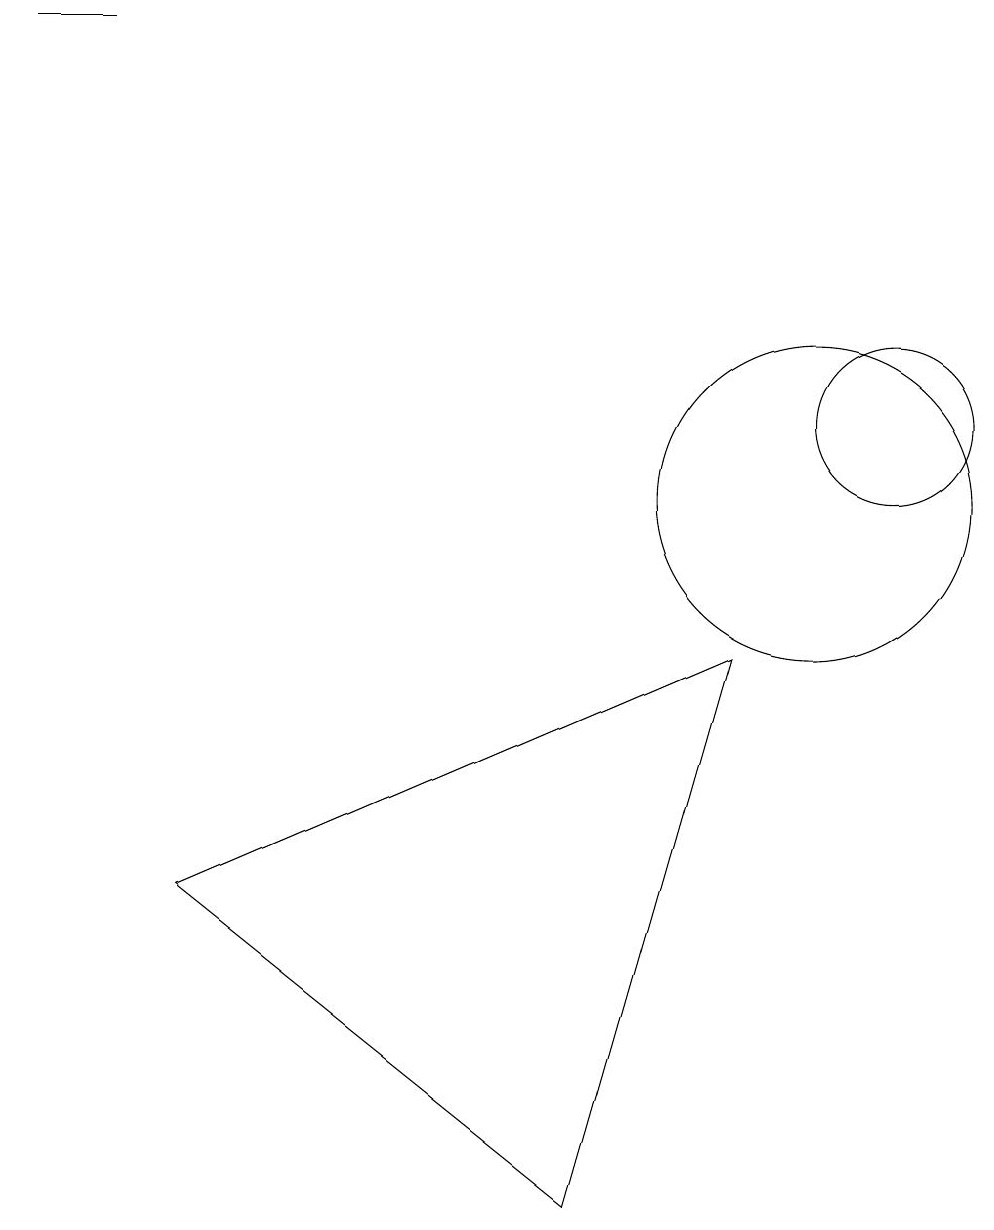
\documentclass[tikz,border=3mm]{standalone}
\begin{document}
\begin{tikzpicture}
\draw (11,11) circle (1);
\draw (0,16) rectangle (1,16);
\draw (10,10) circle (2);
\draw (9,8) -- (7,1) -- (2,5) -- cycle;
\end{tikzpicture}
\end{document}